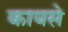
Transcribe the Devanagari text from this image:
कायसे